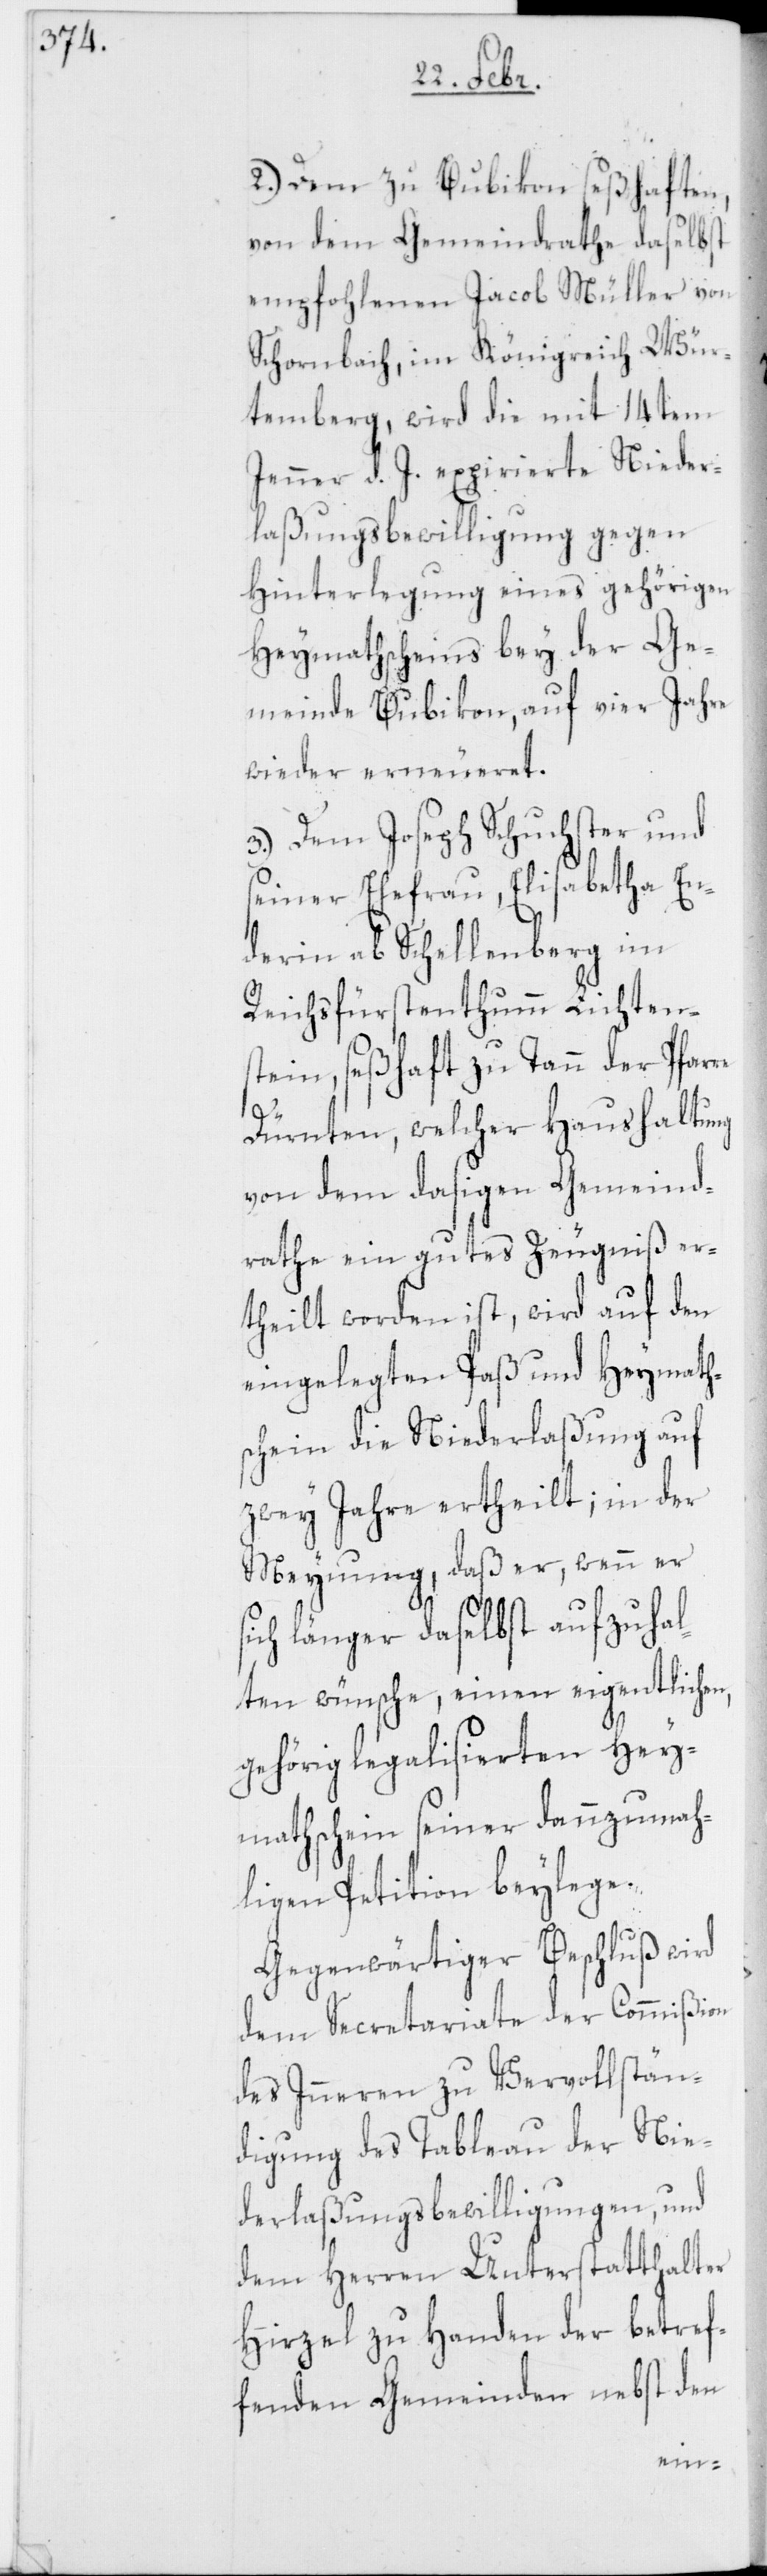
2.) Dem zu Bubikon seßhaften,
von dem Gemeindrathe daselbst
empfohlenen Jacob Müller von
Schornbach, im Königreich Wür¬
temberg, wird die mit 14ten
Jenner d. J. expirierte Nieder¬
laßungsbewilligung gegen
Hinterlegung eines gehörigen
Heymathscheins bey der Ge¬
meinde Bubikon, auf vier Jahre
wieder erneueret.
3.) Dem Joseph Schuchster und
seiner Ehefrau, Elisabeth En¬
derin ab Schellenberg im
Reichsfürstenthumm Lichtens¬
tein, seßhaft zu Tann der Pfar¬
s¬
Dürnten, welcher Haushaltung
von dem dasigen Gemeind¬
rathe ein gutes Zeugniß er¬
theilt worden ist, wird auf den
eingelegten Paß und Heymaths¬
chein die Niederlaßung auf
zwey Jahre ertheilt; in der
Meynung, daß er, wenn er
ich länger daselbst aufzuhal¬
ten wünsche, einen eigentlichen,
gehörig legalisierten Hey¬
mathschein seiner dannzumah¬
ligen Petition beylege.
Gegenwärtiger Beschluß wird
dem Secretariate der Commißion
des Inneren zu Vervollstän¬
digung des Tableau der Nie¬
derlaßungsbewilligungen, und
dem Herren Unterstatthalter
Hirzel zu Handen der betref¬
fenden Gemeinden nebst den